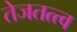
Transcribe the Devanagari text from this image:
तेजतत्त्व